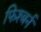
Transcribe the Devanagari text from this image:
फिश्बर्न